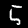
Label: 5